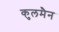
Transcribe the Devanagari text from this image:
कुलमैन